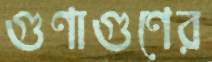
গুণাগুণের